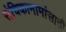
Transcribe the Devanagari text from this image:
संचिकानामांसाठी